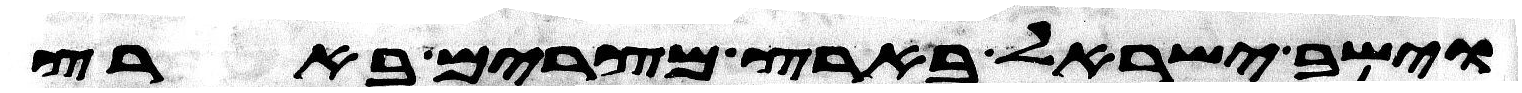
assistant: וישב ישראל בארץ מצרים בארץ